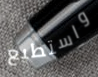
واستطيع